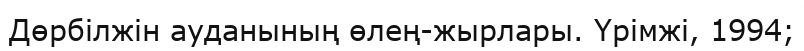
Дөрбілжін ауданының өлең-жырлары. Үрімжі, 1994;